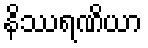
နိဿရဏိယာ